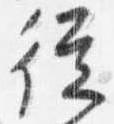
従